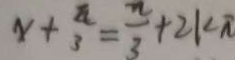
x + \frac { \pi } { 3 } = \frac { \pi } { 3 } + 2 k \pi